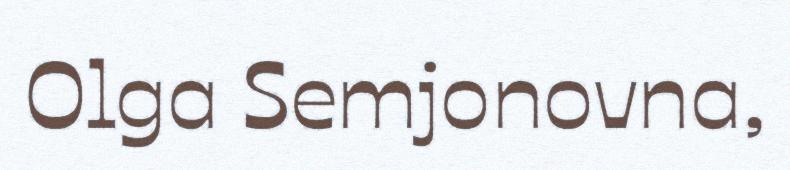
Olga Semjonovna,